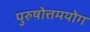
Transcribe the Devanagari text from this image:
पुरुषोत्तमयोग